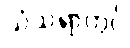
သံသရာတွင်